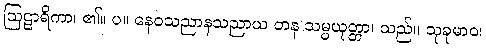
ဩဠာရိကာ၊ ၏။ ပ။ နေဝသညာနသညာယ တန သမ္ပယုတ္တာ၊ သည်။ သုခုမာဝ၊